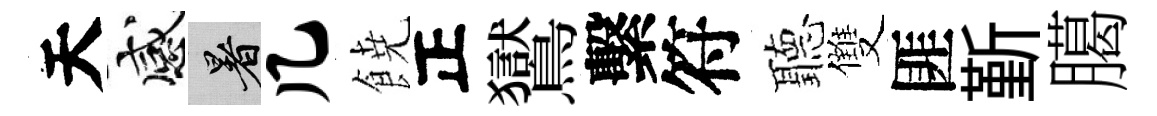
天感暑几𩜙正鸑繫符聽雙匪斳臈